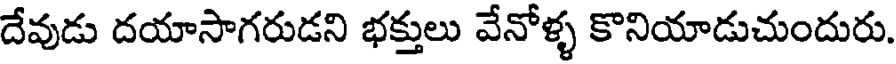
దేవుడు దయాసాగరుడని భక్తులు వేనోళ్ళ కొనియాడుచుందురు.